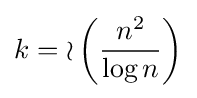
k={\mathcal {o}}\left({\frac {n^{2}}{\log n}}\right)